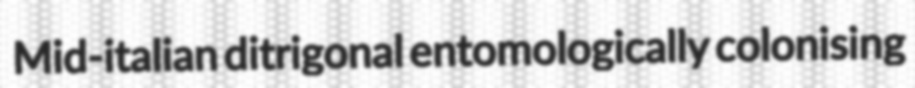
Mid-italian ditrigonal entomologically colonising